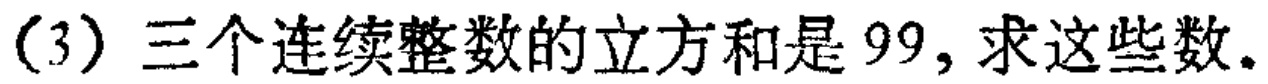
(3) 三个连续整数的立方和是 99, 求这些数。